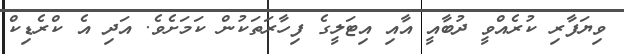
ވިޔަފާރި ކުރެއްވީ ދުބާއީ އާއި އިޓަލީގެ ފިހާރަތަކުން ކަމަށެވެ. އަދި އެ ކްރެޑިކް